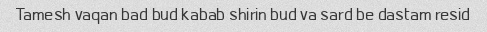
Tamesh vaqan bad bud kabab shirin bud va sard be dastam resid